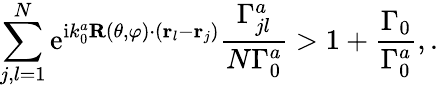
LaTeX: \sum_{j,l=1}^{N}\mathrm{e}^{\mathrm{i}k_{0}^{a}\mathbf{R}(\theta,\varphi)\cdot\left({\mathbf r}_{l}-{\mathbf r}_{j}\right)}\frac{\Gamma_{jl}^{a}}{N\Gamma_{0}^{a}}>1+\frac{\Gamma_{0}}{\Gamma_{0}^{a}},.